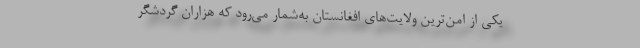
یکی‌ از امن‌ترین ولایت‌های افغانستان به‌شمار می‌رود که هزاران گردشگر